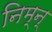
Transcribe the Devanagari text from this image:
निम्न्